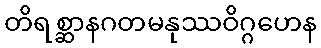
တိရစ္ဆာနဂတမနုဿဝိဂ္ဂဟေန